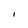
Character: I